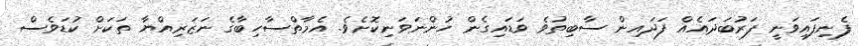
ފެނިފައިވަނީ ފަރުބަދައެއް ފަދައިން ސާބިތުވެ ވަޑައިގެން ހުންނަވަނިކޮށެވެ. އެމާތްސާހިބާގެ ނަޒަރިއްޔާ ތަކަށް ކުޑަވެސް